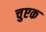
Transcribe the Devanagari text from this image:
चुएक